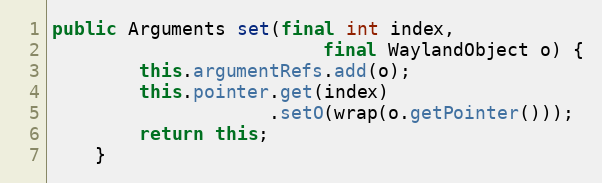
Language: Java
public Arguments set(final int index,
                         final WaylandObject o) {
        this.argumentRefs.add(o);
        this.pointer.get(index)
                    .setO(wrap(o.getPointer()));
        return this;
    }